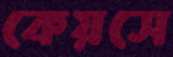
কেয়সে